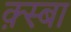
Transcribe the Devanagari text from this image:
क़्स्बा